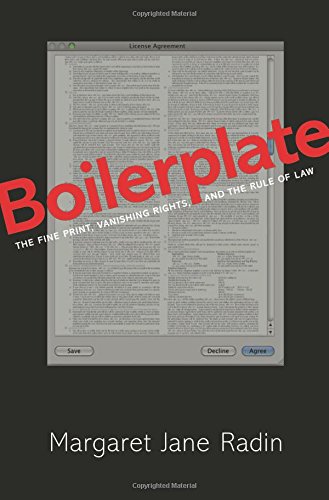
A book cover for Boilerplate: The Fine Print, Vanishing Rights, and the Rule of Law; Margaret Jane Radin; Law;